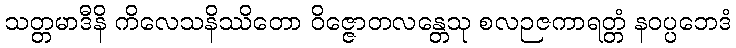
သတ္တမာဒီနိ ကိလေသနိဿိတော ဝိဇ္ဇောတလန္တေသု စလဉဇကာရတ္တံ နဝပ္ပဘေဒံ